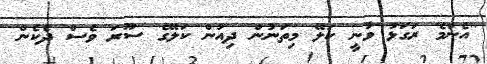
''އެންމެ ރަގަޅު ވާނީ ކަލޭ މިތަނުން ދިއުން ކަލޭގެ ސޫރަ ވެސް ދެކެން